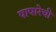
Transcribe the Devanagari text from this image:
पापारेची